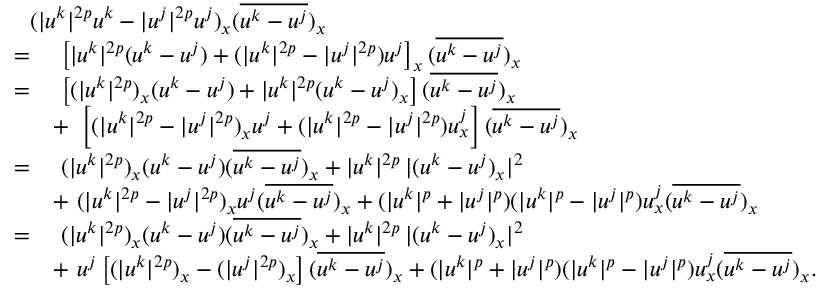
\begin{array} { r l } { \lefteqn { ( | u ^ { k } | ^ { 2 p } u ^ { k } - | u ^ { j } | ^ { 2 p } u ^ { j } ) _ { x } ( \overline { { u ^ { k } - u ^ { j } } } ) _ { x } } } \\ { = } & { \ \left[ | u ^ { k } | ^ { 2 p } ( u ^ { k } - u ^ { j } ) + ( | u ^ { k } | ^ { 2 p } - | u ^ { j } | ^ { 2 p } ) u ^ { j } \right] _ { x } ( \overline { { u ^ { k } - u ^ { j } } } ) _ { x } } \\ { = } & { \ \left[ ( | u ^ { k } | ^ { 2 p } ) _ { x } ( u ^ { k } - u ^ { j } ) + | u ^ { k } | ^ { 2 p } ( u ^ { k } - u ^ { j } ) _ { x } \right] ( \overline { { u ^ { k } - u ^ { j } } } ) _ { x } } \\ & { + \ \left[ ( | u ^ { k } | ^ { 2 p } - | u ^ { j } | ^ { 2 p } ) _ { x } u ^ { j } + ( | u ^ { k } | ^ { 2 p } - | u ^ { j } | ^ { 2 p } ) u _ { x } ^ { j } \right] ( \overline { { u ^ { k } - u ^ { j } } } ) _ { x } } \\ { = } & { \ ( | u ^ { k } | ^ { 2 p } ) _ { x } ( u ^ { k } - u ^ { j } ) ( \overline { { u ^ { k } - u ^ { j } } } ) _ { x } + | u ^ { k } | ^ { 2 p } \, | ( u ^ { k } - u ^ { j } ) _ { x } | ^ { 2 } } \\ & { + \ ( | u ^ { k } | ^ { 2 p } - | u ^ { j } | ^ { 2 p } ) _ { x } u ^ { j } ( \overline { { u ^ { k } - u ^ { j } } } ) _ { x } + ( | u ^ { k } | ^ { p } + | u ^ { j } | ^ { p } ) ( | u ^ { k } | ^ { p } - | u ^ { j } | ^ { p } ) u _ { x } ^ { j } ( \overline { { u ^ { k } - u ^ { j } } } ) _ { x } } \\ { = } & { \ ( | u ^ { k } | ^ { 2 p } ) _ { x } ( u ^ { k } - u ^ { j } ) ( \overline { { u ^ { k } - u ^ { j } } } ) _ { x } + | u ^ { k } | ^ { 2 p } \, | ( u ^ { k } - u ^ { j } ) _ { x } | ^ { 2 } } \\ & { + \ u ^ { j } \left[ ( | u ^ { k } | ^ { 2 p } ) _ { x } - ( | u ^ { j } | ^ { 2 p } ) _ { x } \right] ( \overline { { u ^ { k } - u ^ { j } } } ) _ { x } + ( | u ^ { k } | ^ { p } + | u ^ { j } | ^ { p } ) ( | u ^ { k } | ^ { p } - | u ^ { j } | ^ { p } ) u _ { x } ^ { j } ( \overline { { u ^ { k } - u ^ { j } } } ) _ { x } . } \end{array}